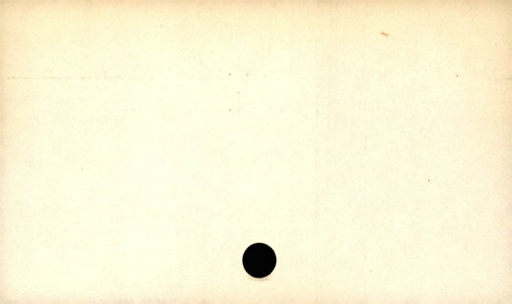
Label: divider